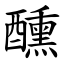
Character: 醺